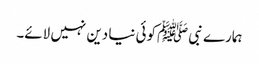
ہمارے نبی ﷺکوئی نیا دین نہیں لائے۔